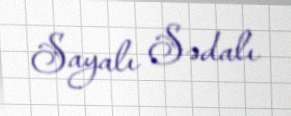
Sayalı Sədalı